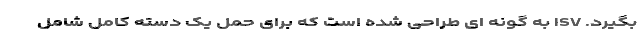
بگیرد. ISV به گونه ای طراحی شده است که برای حمل یک دسته کامل شامل